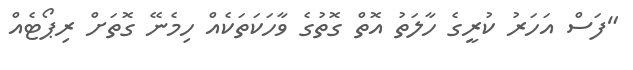
"ފަސް އަހަރު ކުރީގެ ހާލަތު އޮތް ގޮތުގެ ވާހަކަތަކެއް ހިމެނޭ ގޮތަށް ރިޕޯޓެއް